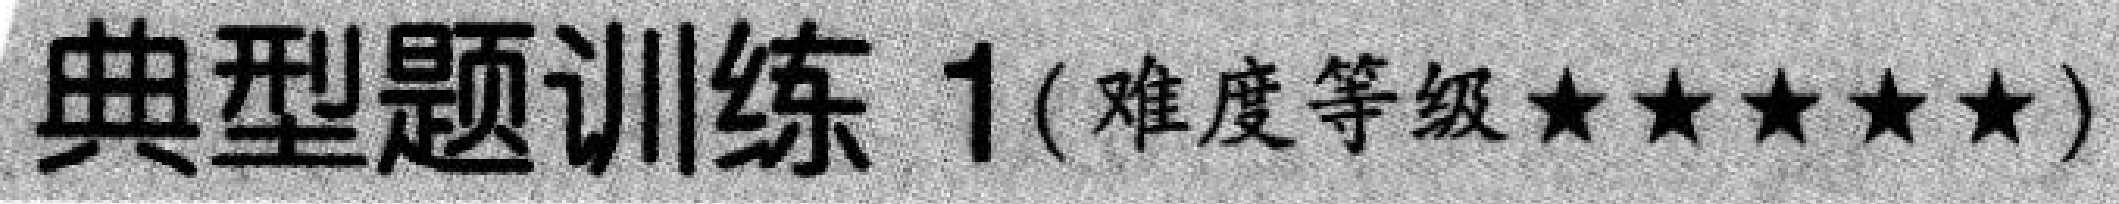
典型题训练 1(难度等级★★★★★)